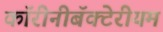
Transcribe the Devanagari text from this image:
कॉरीनीबॅक्टेरीयम